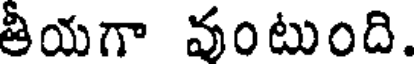
తీయగా వంటుంది.